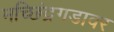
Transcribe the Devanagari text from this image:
मच्छिंद्रगडावर